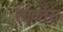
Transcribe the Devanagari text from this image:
तार्कास